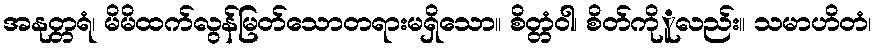
အနုတ္တရံ၊ မိမိထက်လွန်မြတ်သောတရားမရှိသော။ စိတ္တံဝါ၊ စိတ်ကိုူလည်း။ သမာဟိတံ၊